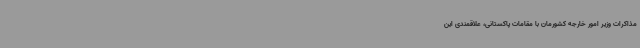
مذاکرات وزیر امور خارجه کشورمان با مقامات پاکستانی، علاقمندی این